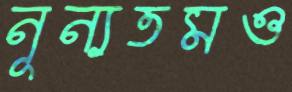
নূন্যতমও